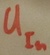
Text: UIn